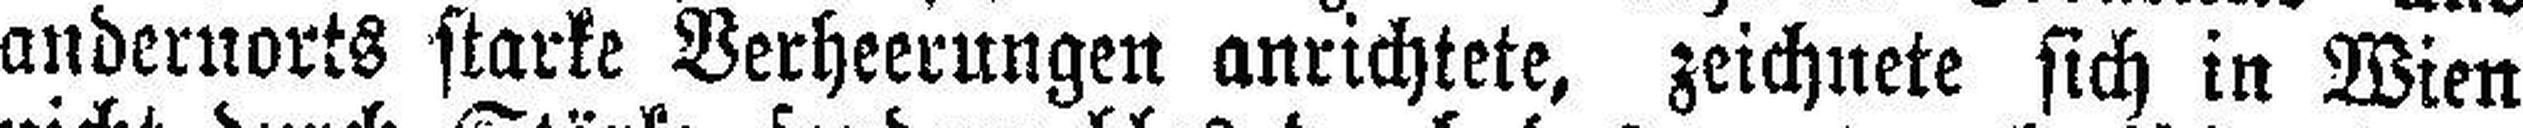
andernorts starke Verheerungen anrichtete, zeichnete sich in Wien